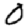
Digit: 0